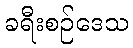
ခရီးစဉ်ဒေသ